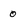
Character: 0